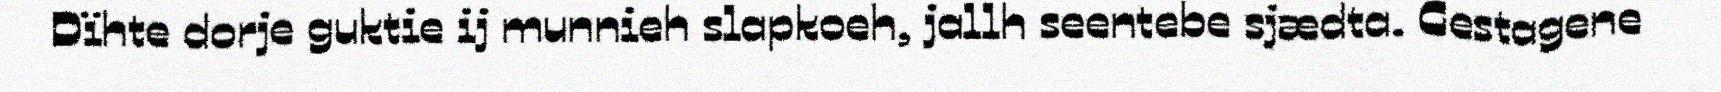
Dïhte dorje guktie ij munnieh slapkoeh, jallh seentebe sjædta. Gestagene